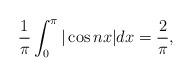
LaTeX: \begin{align*}\frac{1}{\pi}\int_0^{\pi}|\cos nx|dx=\frac{2}{\pi},\end{align*}